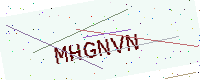
Text: MHGNVN